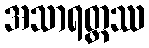
အသာရတ္တဿ